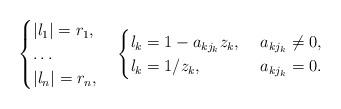
LaTeX: \begin{align*}\begin{cases}|l_1|=r_1, \\ \ldots \\ |l_n|=r_n,\end{cases} \begin{cases}l_k=1-a_{kj_{k}}z_k, & \ a_{k j_k}\neq 0, \\ l_k=1/z_k, & \ a_{k j_k}=0.\end{cases}\end{align*}